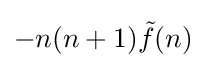
-n(n+1){\tilde {f}}(n)